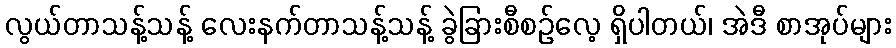
လွယ်တာသန့်သန့် လေးနက်တာသန့်သန့် ခွဲခြားစီစဉ်လေ့ ရှိပါတယ်၊ အဲဒီ စာအုပ်များ